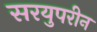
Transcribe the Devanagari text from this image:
सरयुपरीन